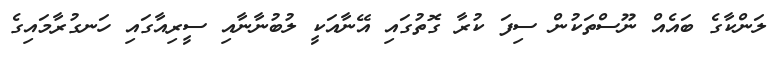
ލަންކާގެ ބައެއް ނޫސްތަކުން ސިފަ ކުރާ ގޮތުގައި އޭނާއަކީ ލުބުނާނާއި ސީރިއާގައި ހަނގުރާމައިގެ